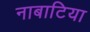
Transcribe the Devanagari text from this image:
नाबाटिया